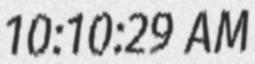
10:10:29 AM